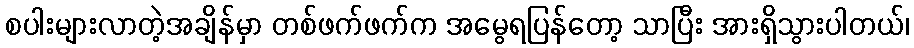
စပါးများလာတဲ့အချိန်မှာ တစ်ဖက်ဖက်က အမွေရပြန်တော့ သာပြီး အားရှိသွားပါတယ်၊